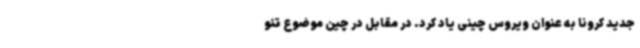
جدید کرونا به عنوان ویروس چینی یاد کرد. در مقابل در چین موضوع تئو